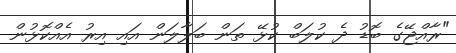
"ރާއްޖޭގެ ބޮޑު ދެ ކުލަބް ކުޅޭ ތަން ބަލާލަން އައި އިރު އެއްކޮޅުން